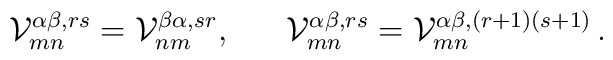
{\cal V}^{\alpha \beta,rs}_{mn}={\cal V}^{\beta\alpha,sr}_{nm},~~~~~{\cal V}^{\alpha \beta,rs}_{mn}={\cal V}^{\alpha \beta,(r+1)(s+1)}_{mn}\,.